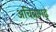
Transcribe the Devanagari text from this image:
अचित्रागढ़